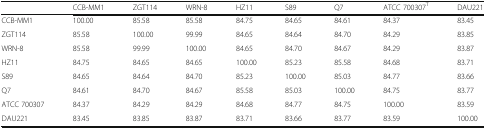
<table><thead><tr><td></td><td><b>CCB-MM1</b></td><td><b>ZGT114</b></td><td><b>WRN-8</b></td><td><b>HZ11</b></td><td><b>S89</b></td><td><b>Q7</b></td><td><b>ATCC 700307<sup>T</sup></b></td><td><b>DAU221</b></td></tr></thead><tbody><tr><td>CCB-MM1</td><td>100.00</td><td>85.58</td><td>85.58</td><td>84.75</td><td>84.65</td><td>84.61</td><td>84.37</td><td>83.45</td></tr><tr><td>ZGT114</td><td>85.58</td><td>100.00</td><td>99.99</td><td>84.65</td><td>84.64</td><td>84.70</td><td>84.29</td><td>83.85</td></tr><tr><td>WRN-8</td><td>85.58</td><td>99.99</td><td>100.00</td><td>84.65</td><td>84.70</td><td>84.67</td><td>84.29</td><td>83.87</td></tr><tr><td>HZ11</td><td>84.75</td><td>84.65</td><td>84.65</td><td>100.00</td><td>85.23</td><td>85.58</td><td>84.68</td><td>83.71</td></tr><tr><td>S89</td><td>84.65</td><td>84.64</td><td>84.70</td><td>85.23</td><td>100.00</td><td>85.03</td><td>84.77</td><td>83.66</td></tr><tr><td>Q7</td><td>84.61</td><td>84.70</td><td>84.67</td><td>85.58</td><td>85.03</td><td>100.00</td><td>84.75</td><td>83.77</td></tr><tr><td>ATCC 700307</td><td>84.37</td><td>84.29</td><td>84.29</td><td>84.68</td><td>84.77</td><td>84.75</td><td>100.00</td><td>83.59</td></tr><tr><td>DAU221</td><td>83.45</td><td>83.85</td><td>83.87</td><td>83.71</td><td>83.66</td><td>83.77</td><td>83.59</td><td>100.00</td></tr></tbody></table>